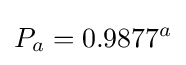
P_{a}=0.9877^{a}